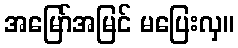
အမြော်အမြင် မပြေးလှ။